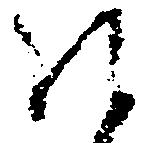
ほ